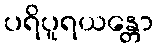
ပရိပူရယန္တော